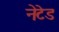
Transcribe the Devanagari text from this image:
नेटेड